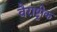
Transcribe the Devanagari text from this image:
वैराष्ट्रीक